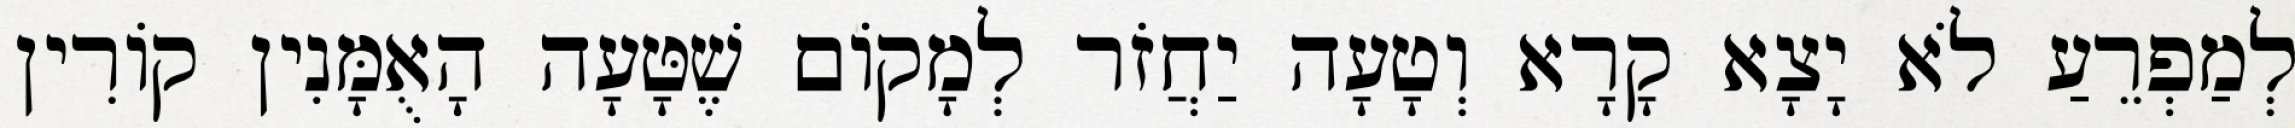
לְמַפְרֵעַ לֹא יָצָא קָרָא וְטָעָה יַחֲזֹר לְמָקוֹם שֶׁטָּעָה הָאֻמָּנִין קוֹרִין